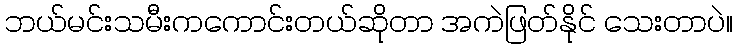
ဘယ်မင်းသမီးကကောင်းတယ်ဆိုတာ အကဲဖြတ်နိုင် သေးတာပဲ။